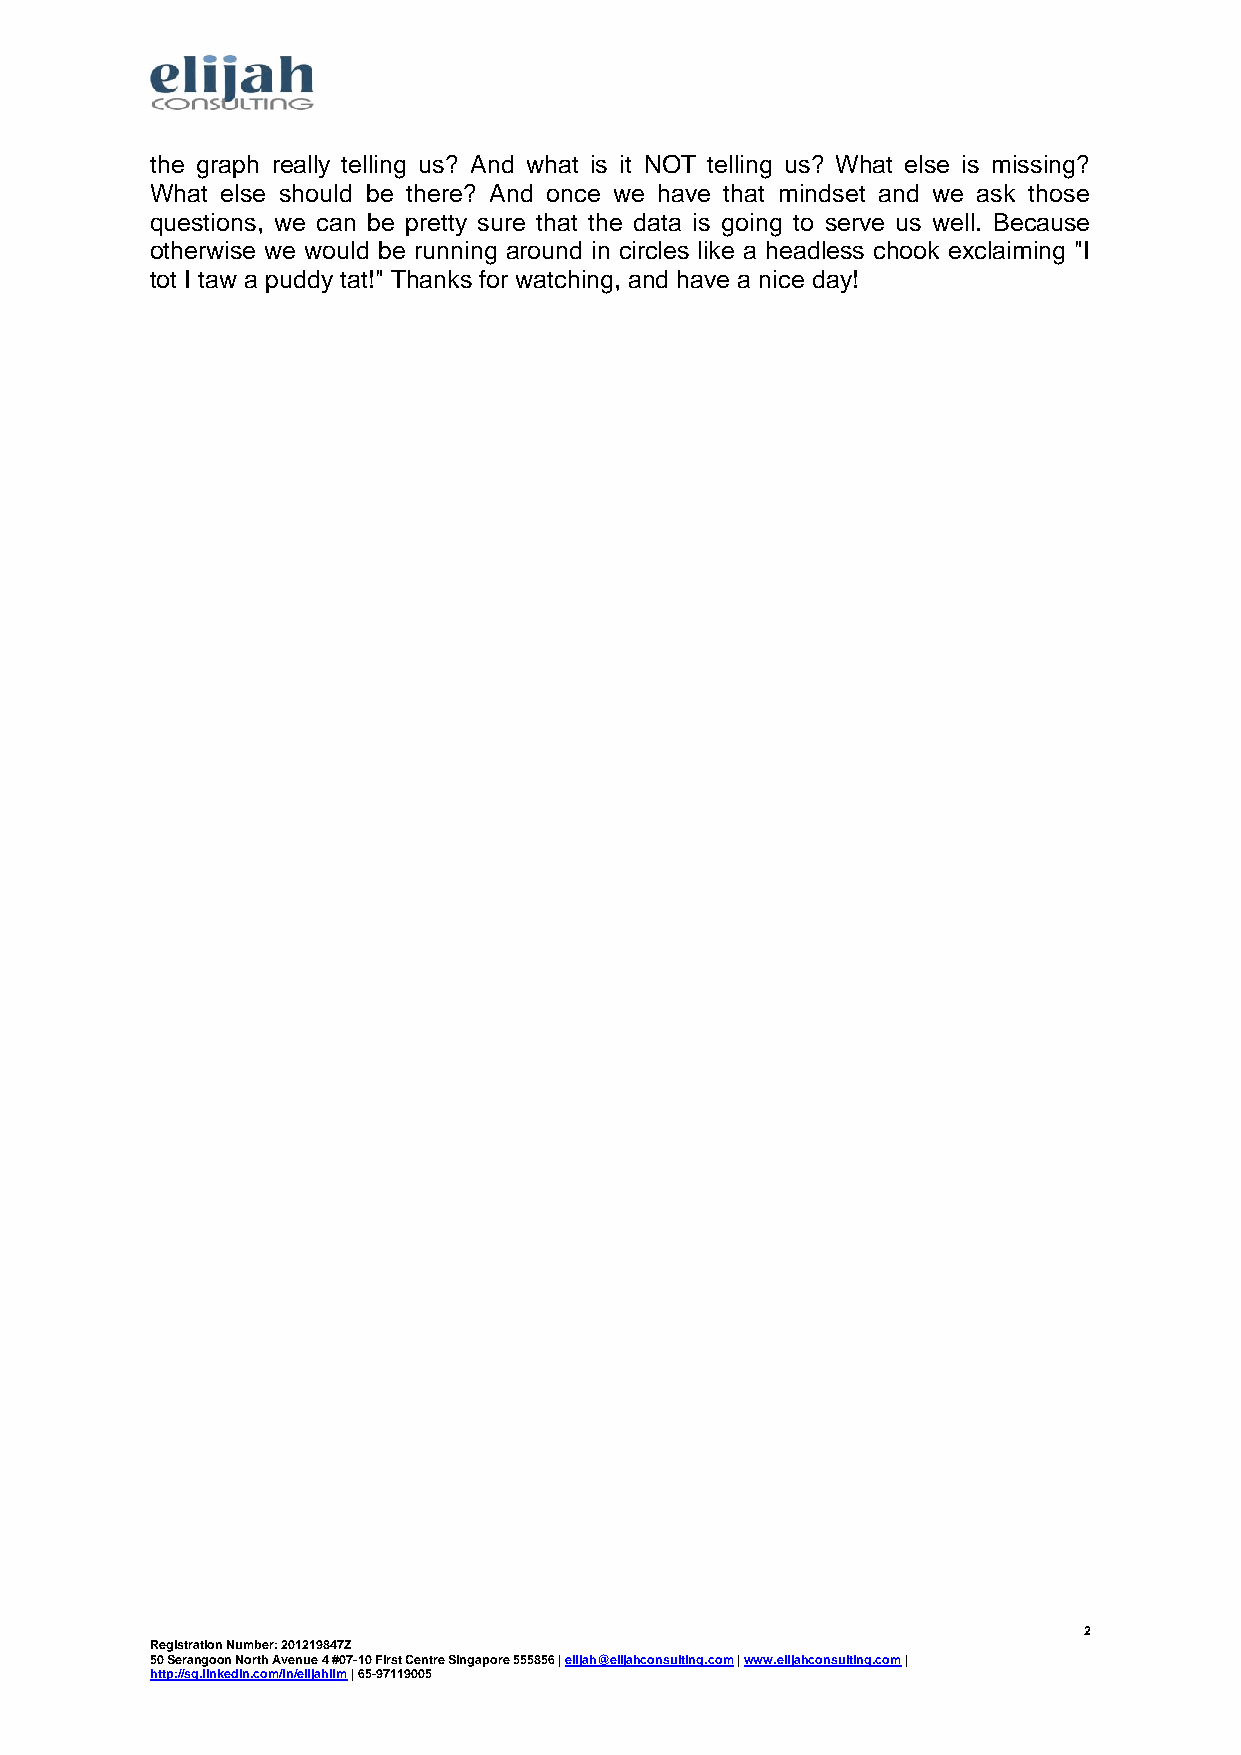
the graph really telling us? And what is it NOT telling us? What else is missing?
 What else should be there? And once we have that mindset and we ask those
 questions, we can be pretty sure that the data is going to serve us well. Because
 otherwise we would be running around in circles like a headless chook exclaiming "I
 tot I taw a puddy tat!" Thanks for watching, and have a nice day!
 2
 Registration Number: 201219847Z
 50 Serangoon North Avenue 4 #07-10 First Cent re Singapore 555856 | elijah@elijahconsulting.com | www.elijahconsulting.com |
 http://sg.linkedin.com/in/elijahlim | 65-97119005